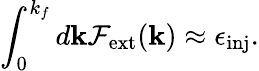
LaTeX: \int_{0}^{k_{f}}d{\mathbf k}\mathcal{F}_{\mathrm{ext}}({\mathbf k})\approx\epsilon_{\mathrm{inj}}.